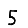
Digit: 5